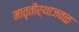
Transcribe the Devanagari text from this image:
मातृतीर्थाजवळ